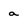
Character: a